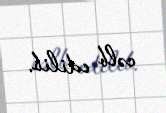
cəlb edilib.